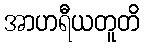
အာဟရီယတူတိ